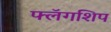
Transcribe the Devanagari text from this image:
फ्लॅगशिप